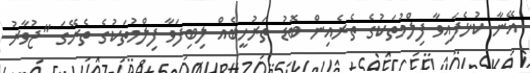
އޭނާ ކުޅެފައިވާ ފިލްމުތަކުގެ ތެރެއިން ބޮޑު ތަރުހީބެއް ލިބިފަވާ ފިލްމުތަކުގެ ތެރޭގަ "ޖުވާރު